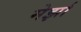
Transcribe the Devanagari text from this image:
मेर्झा